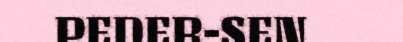
PEDER-SEN